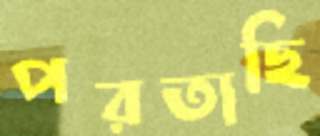
পরতাছি